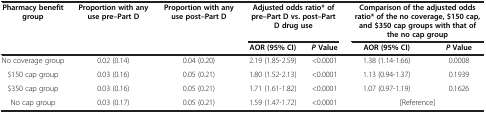
<table><thead><tr><td><b>Pharmacy benefit group</b></td><td><b>Proportion with any use pre–Part D</b></td><td><b>Proportion with any use post–Part D</b></td><td colspan="2"><b>Adjusted odds ratio* of pre–Part D vs. post–Part D drug use</b></td><td colspan="2"><b>Comparison of the adjusted odds ratio* of the no coverage, $150 cap, and $350 cap groups with that of the no cap group</b></td></tr><tr><td colspan="3"><b> </b></td><td><b>AOR (95% CI)</b></td><td><b><i>P</i>Value</b></td><td><b>AOR (95% CI)</b></td><td><b><i>P</i>Value</b></td></tr></thead><tbody><tr><td>No coverage group</td><td>0.02 (0.14)</td><td>0.04 (0.20)</td><td>2.19 (1.85-2.59)</td><td>&lt;0.0001</td><td>1.38 (1.14-1.66)</td><td>0.0008</td></tr><tr><td>$150 cap group</td><td>0.03 (0.16)</td><td>0.05 (0.21)</td><td>1.80 (1.52-2.13)</td><td>&lt;0.0001</td><td>1.13 (0.94-1.37)</td><td>0.1939</td></tr><tr><td>$350 cap group</td><td>0.03 (0.16)</td><td>0.05 (0.21)</td><td>1.71 (1.61-1.82)</td><td>&lt;0.0001</td><td>1.07 (0.97-1.19)</td><td>0.1626</td></tr><tr><td>No cap group</td><td>0.03 (0.17)</td><td>0.05 (0.21)</td><td>1.59 (1.47-1.72)</td><td>&lt;0.0001</td><td colspan="2">[Reference]</td></tr></tbody></table>